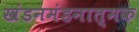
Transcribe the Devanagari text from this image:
खंडनमंडनात्मक